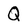
Character: Q